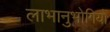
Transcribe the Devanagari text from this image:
लाभानुभोगियों